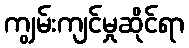
ကျွမ်းကျင်မှုဆိုင်ရာ